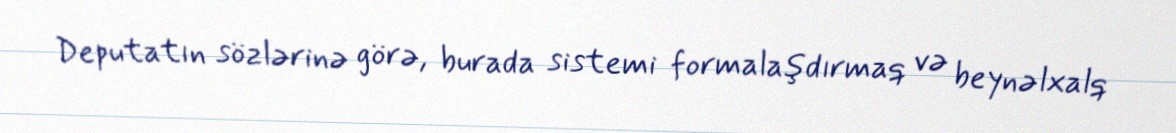
Deputatın sözlərinə görə, burada sistemi formalaşdırmaq və beynəlxalq